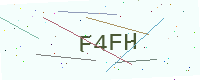
Text: F4FH